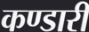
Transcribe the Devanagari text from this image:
कण्डारी